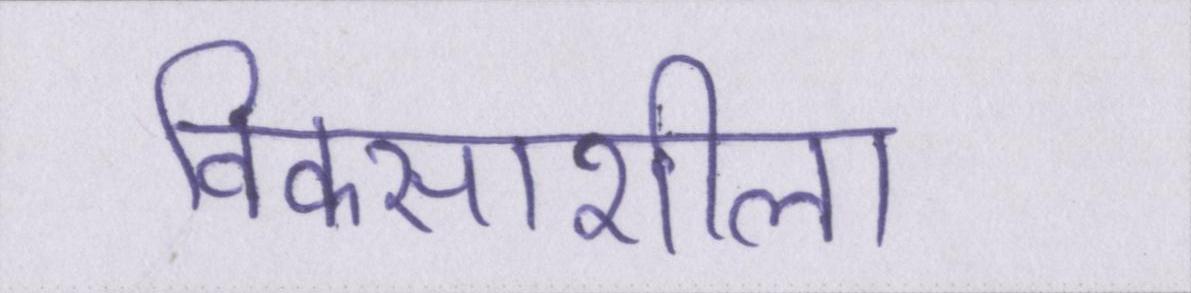
विकसाशील